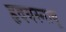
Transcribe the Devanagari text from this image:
हृदयस्नायू